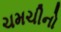
ચમચીનો